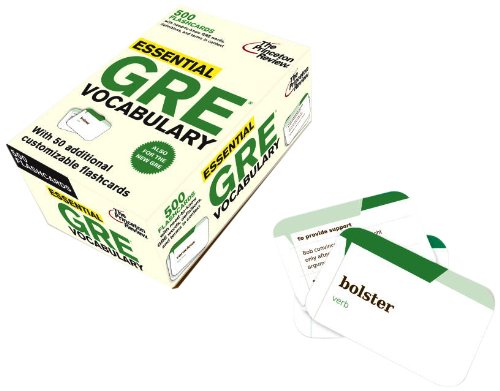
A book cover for Essential GRE Vocabulary (flashcards) (Graduate School Test Preparation); Princeton Review; Test Preparation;